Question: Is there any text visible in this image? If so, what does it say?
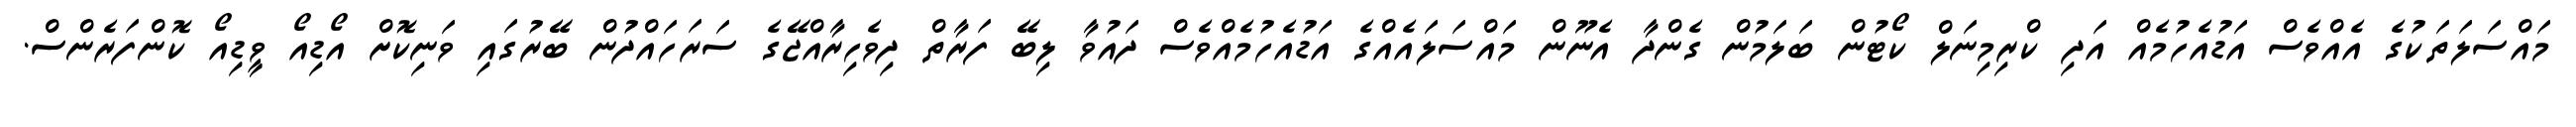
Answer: މައްސަލަތަކުގެ އެއްވެސް އަޑުއެހުމެއް އަދި ކްރިމިނަލް ކޯޓުން ބަލަމުން ގެންދާ އެނޫން މައްސަލައެއްގެ އަޑުއެހުމެއްވެސް ދައުވާ ލިބޭ ފަރާތް ދިވެހިރާއްޖޭގެ ސަރަހައްދުން ބޭރުގައި ވަނިކޮށް އޯޑިއޯ ވީޑިއޯ ކޮންފަރެންސް.